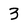
Character: 3